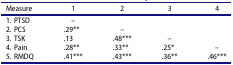
<table><thead><tr><td><b>Measure</b></td><td><b>1</b></td><td><b>2</b></td><td><b>3</b></td><td><b>4</b></td></tr></thead><tbody><tr><td>1. PTSD</td><td>–</td><td> </td><td> </td><td> </td></tr><tr><td>2. PCS</td><td>.29**</td><td>–</td><td> </td><td> </td></tr><tr><td>3. TSK</td><td>.13</td><td>.48***</td><td>–</td><td> </td></tr><tr><td>4. Pain</td><td>.28**</td><td>.33**</td><td>.25*</td><td>–</td></tr><tr><td>5. RMDQ</td><td>.41***</td><td>.43***</td><td>.36**</td><td>.46***</td></tr></tbody></table>